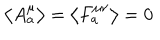
\left\langle A _ { a } ^ { \mu } \right\rangle = \left\langle F _ { a } ^ { \mu \nu } \right\rangle = 0